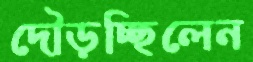
দৌড়চ্ছিলেন